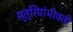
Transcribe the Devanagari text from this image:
स्त्रियांभोवती